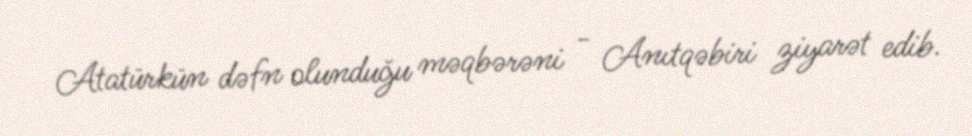
Atatürkün dəfn olunduğu məqbərəni - Anıtqəbiri ziyarət edib.